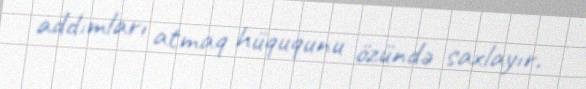
addımları atmaq hüququnu özündə saxlayır.